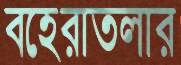
বহেরাতলার